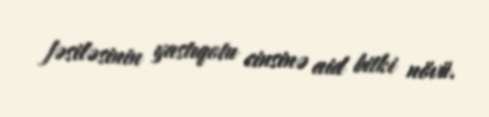
fəsiləsinin yastıqotu cinsinə aid bitki növü.